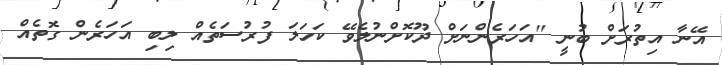
އޭނާ އިތުރަށް ބުނީ ''އަހަރެންނަށް ދޫކޮށްނުލެވޭ ކަހަލަ ފުރުސަތެއް ލިބި އަހަރެން ގޮތެއް